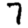
Digit: 7